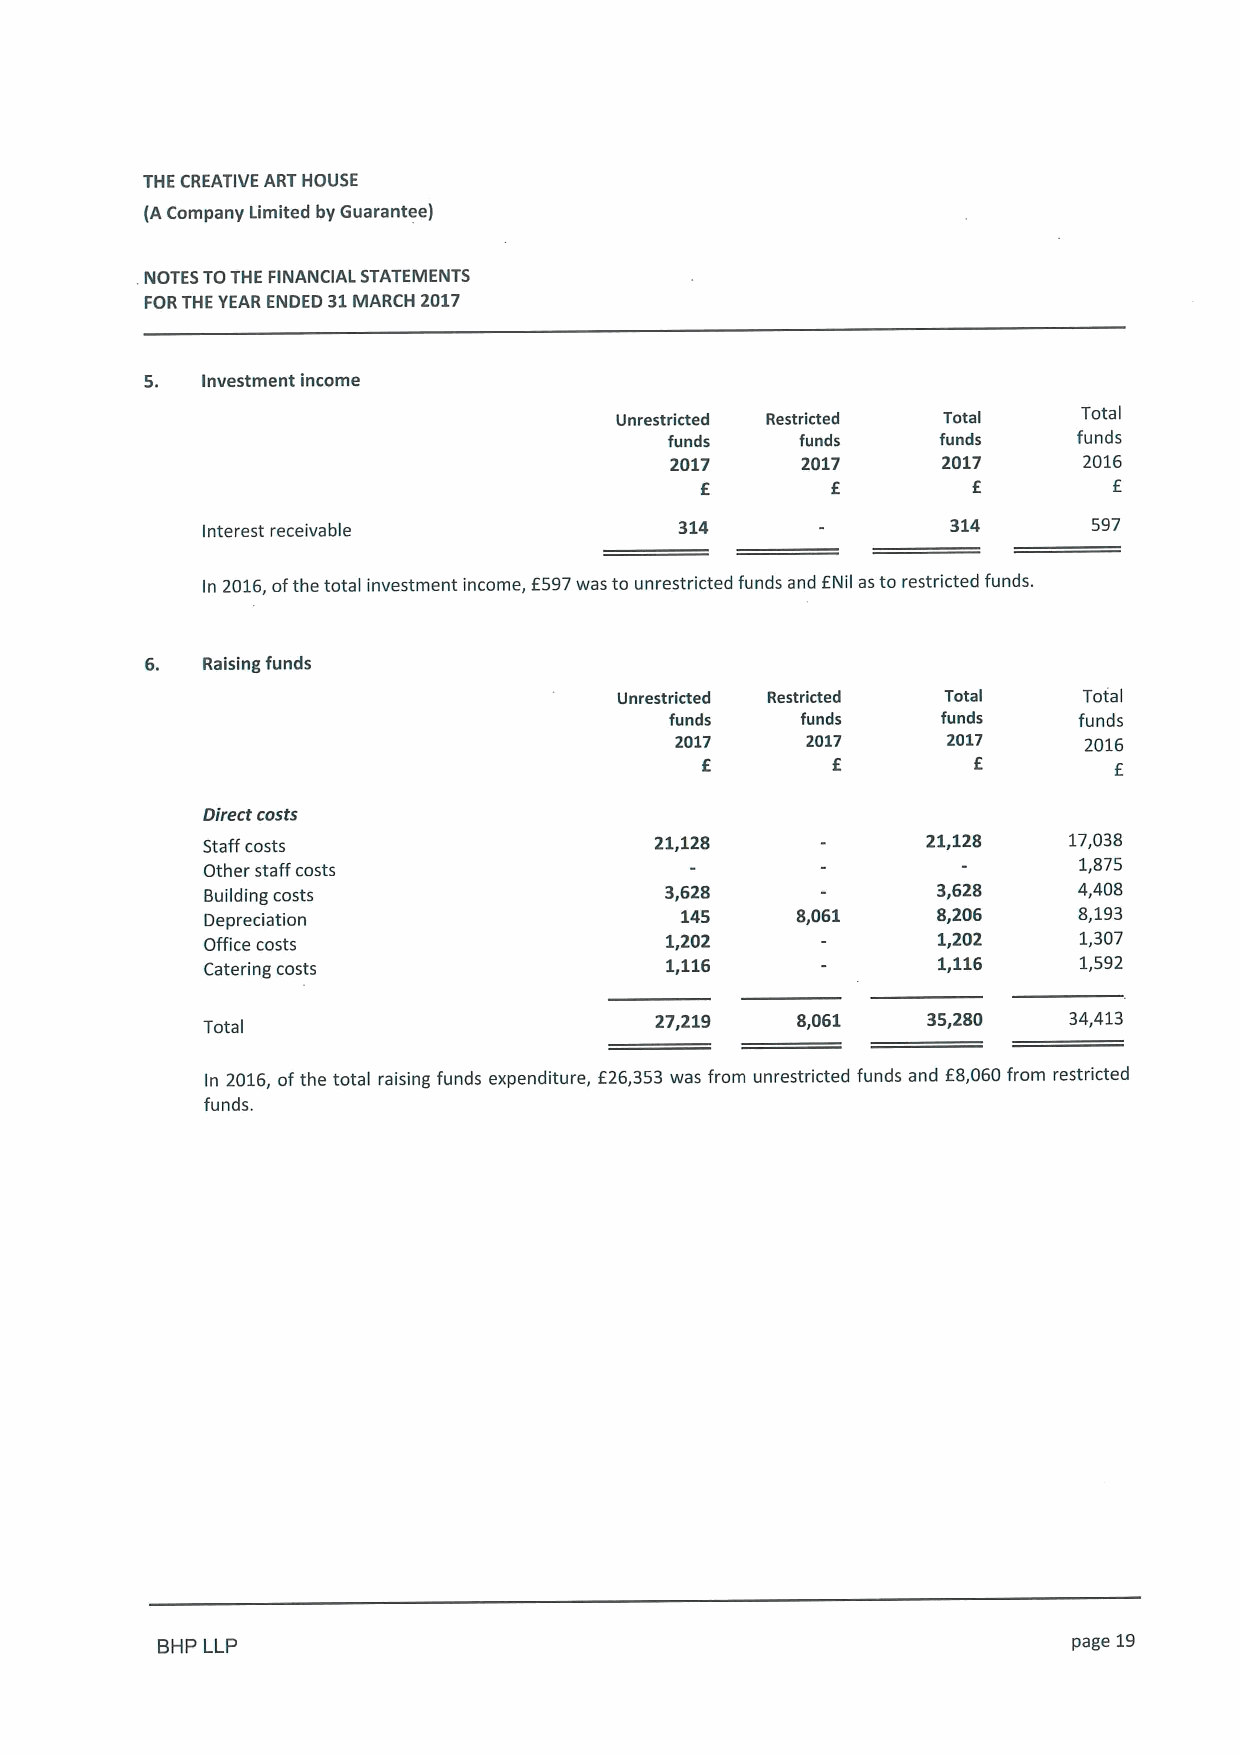
THE CREATIVE ART HOUSE
 (ACompany Limited by Guarantee)
 .NOTES TOTHE FINANCIAL STATEMENTS
 FORTHE YEAR ENDED 31MARCH 2017
 5. Investment income
 Unrestricted Restricted Total  Total
 funds    funds    funds    funds
 2017     2017     2017      2016
 f        f        f         f
 Interest receivable             314               314      597
 f
 In 2016,ofthe total investment income, f597was to unrestricted funds and Nil as to restricted funds.
 6. Raising funds
 Unrestricted Restricted Total  Total
 funds    funds    funds    funds
 2017    2017      2017     2016
 f        f        f         f
 Direct costs
 Staff costs                   21,128            21,128    17,038
 Other staff costs                                         1,875
 Building costs                3,628             3,628    4,408
 Depreciation                   145     8,061    8,206    8,193
 Office costs                  1,202             1,202    1,307
 Catering costs                1,116             1,116    1,592
 Total
 27,219    8,061   35,280    34,413
 In 2016,ofthe total raising funds expenditure, f26,353 was from unrestricted funds and f8,060from restricted
 funds.
 BHP LLP                                                      page 19